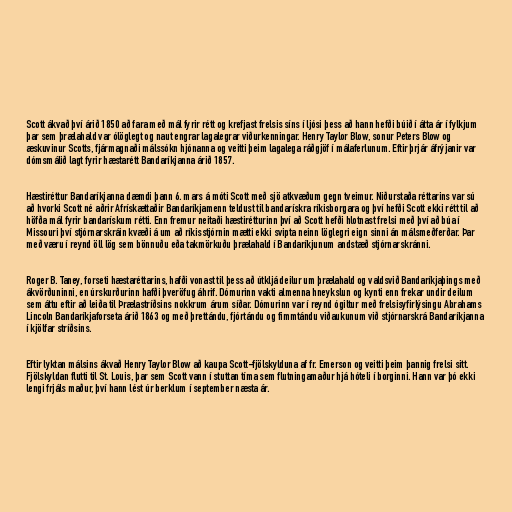
Scott ákvað því árið 1850 að fara með mál fyrir rétt og krefjast frelsis síns í ljósi þess að hann hefði búið í átta ár í fylkjum
þar sem þrælahald var ólöglegt og naut engrar lagalegrar viðurkenningar. Henry Taylor Blow, sonur Peters Blow og
æskuvinur Scotts, fjármagnaði málssókn hjónanna og veitti þeim lagalega ráðgjöf í málaferlunum. Eftir þrjár áfrýjanir var
dómsmálið lagt fyrir hæstarétt Bandaríkjanna árið 1857.

Hæstiréttur Bandaríkjanna dæmdi þann 6. mars á móti Scott með sjö atkvæðum gegn tveimur. Niðurstaða réttarins var sú
að hvorki Scott né aðrir Afrískættaðir Bandaríkjamenn teldust til bandarískra ríkisborgara og því hefði Scott ekki rétt til að
höfða mál fyrir bandarískum rétti. Enn fremur neitaði hæstirétturinn því að Scott hefði hlotnast frelsi með því að búa í
Missouri því stjórnarskráin kvæði á um að ríkisstjórnin mætti ekki svipta neinn löglegri eign sinni án málsmeðferðar. Þar
með væru í reynd öll lög sem bönnuðu eða takmörkuðu þrælahald í Bandaríkjunum andstæð stjórnarskránni.

Roger B. Taney, forseti hæstaréttarins, hafði vonast til þess að útkljá deilur um þrælahald og valdsvið Bandaríkjaþings með
ákvörðuninni, en úrskurðurinn hafði þveröfug áhrif. Dómurinn vakti almenna hneykslun og kynti enn frekar undir deilum
sem áttu eftir að leiða til Þrælastríðsins nokkrum árum síðar. Dómurinn var í reynd ógiltur með frelsisyfirlýsingu Abrahams
Lincoln Bandaríkjaforseta árið 1863 og með þrettándu, fjórtándu og fimmtándu viðaukunum við stjórnarskrá Bandaríkjanna
í kjölfar stríðsins.

Eftir lyktan málsins ákvað Henry Taylor Blow að kaupa Scott-fjölskylduna af fr. Emerson og veitti þeim þannig frelsi sitt.
Fjölskyldan flutti til St. Louis, þar sem Scott vann í stuttan tíma sem flutningamaður hjá hóteli í borginni. Hann var þó ekki
lengi frjáls maður, því hann lést úr berklum í september næsta ár.